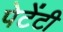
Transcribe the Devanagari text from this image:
पेटेंटी